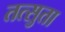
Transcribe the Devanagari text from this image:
तत्सुता